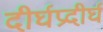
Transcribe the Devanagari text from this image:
दीर्घप्रदीर्घ